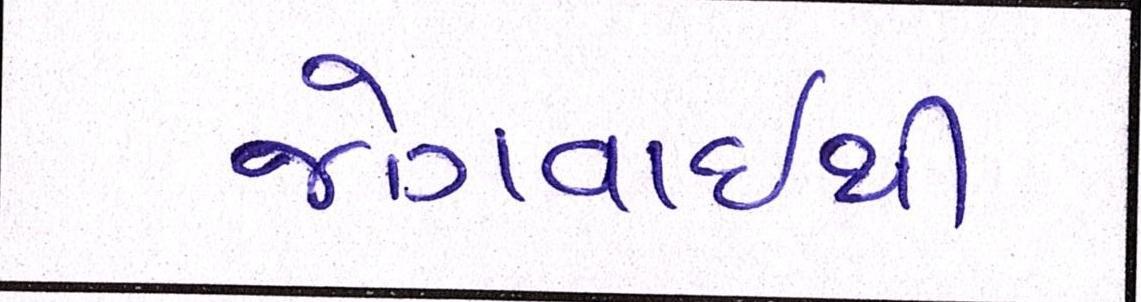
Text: જોગવાઈથી